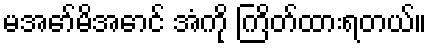
မအော်မိအောင် အံကို ကြိတ်ထားရတယ်။